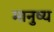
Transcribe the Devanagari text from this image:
मानुष्य